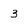
Character: 3